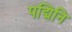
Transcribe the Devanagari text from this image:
पद्मिनि